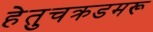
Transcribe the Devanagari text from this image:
हेतुचक्रडमरू